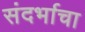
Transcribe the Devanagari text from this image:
संदर्भाचा